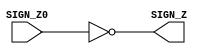
`timescale 1ns / 1ps
//////////////////////////////////////////////////////////////////////////////////
// Company: 
// Engineer: 
// 
// Design Name: 
// Module Name: SIGN
// Project Name: 
// Target Devices: 
// Tool Versions: 
// Description: 
// 
// Dependencies: 
// 
// Revision:
// Revision 0.01 - File Created
// Additional Comments:
// 
//////////////////////////////////////////////////////////////////////////////////


module SIGN(
    //input wire SIGN_X0,
    //input wire SIGN_Y0,
    input wire SIGN_Z0,
    //output wire SIGN_X,
    //output wire SIGN_Y,
    output wire SIGN_Z
    );
    
    
    //assign SIGN_X = ~SIGN_Z0; //SUMA DE ENTRADAS
    //assign SIGN_Y = ~SIGN_Z0; //SUMA DE ENTRADAS
    assign SIGN_Z = ~SIGN_Z0; //SUMA DE ENTRADAS
    
endmodule